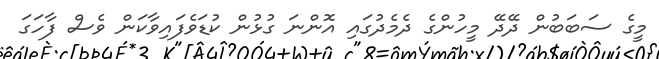
މީގެ ސަބަބުން ދޭދޭ މީހުންގެ ދެމެދުގައި އޮންނަ ގުޅުން ކުޑަވެފައިވާކަން ވެސް ފާހަގަ